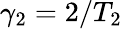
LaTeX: \gamma_{2}=2/T_{2}